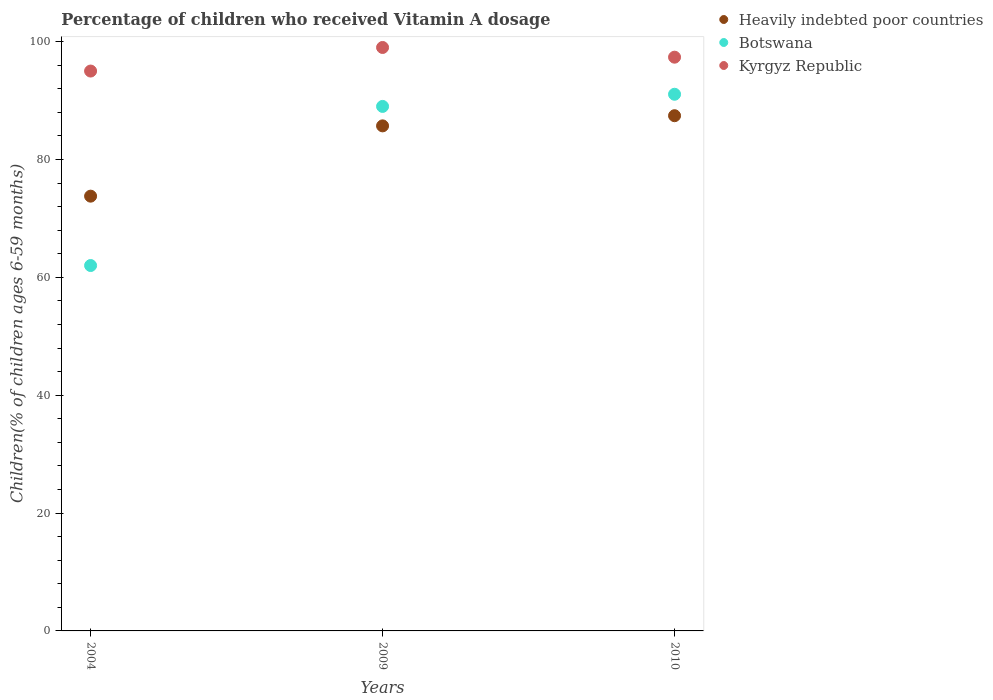
| Years | Heavily indebted poor countries | Botswana | Kyrgyz Republic |
 | --- | --- | --- | --- |
 | 2004 | 73.8 | 62 | 95 |
 | 2009 | 85.7 | 89 | 99 |
 | 2010 | 87.4 | 91.1 | 97.4 |